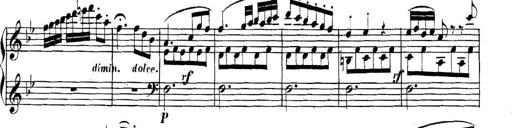
Title: Collected Piano Sonatas
Composer: Muzio Clementi